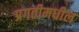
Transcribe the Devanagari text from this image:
प्रगतीमधील